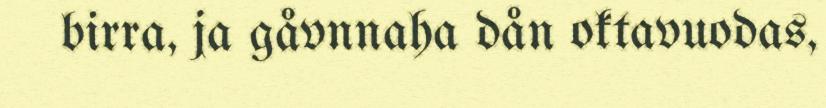
birra, ja gåvnnaha dån oktavuodas,